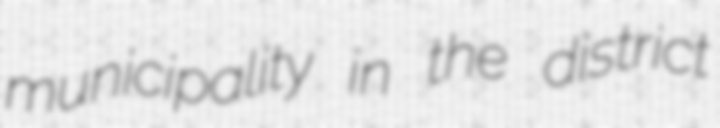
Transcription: municipality in the district